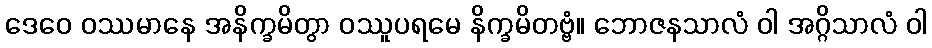
ဒေဝေ ဝဿမာနေ အနိက္ခမိတွာ ဝဿူပရမေ နိက္ခမိတဗ္ဗံ။ ဘောဇနသာလံ ဝါ အဂ္ဂိသာလံ ဝါ